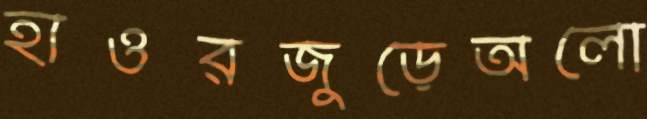
হাওরজুড়েঅলো